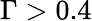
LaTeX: \Gamma>0.4